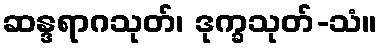
ဆန္ဒရာဂသုတ်၊ ဒုက္ခသုတ်-သံ။